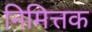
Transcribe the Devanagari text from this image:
निमित्तक